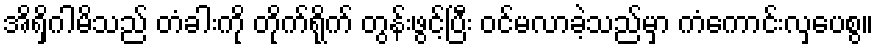
အိရှိဂါမိသည် တံခါးကို တိုက်ရိုက် တွန်းဖွင့်ပြီး ဝင်မလာခဲ့သည်မှာ ကံကောင်းလှပေစွ။